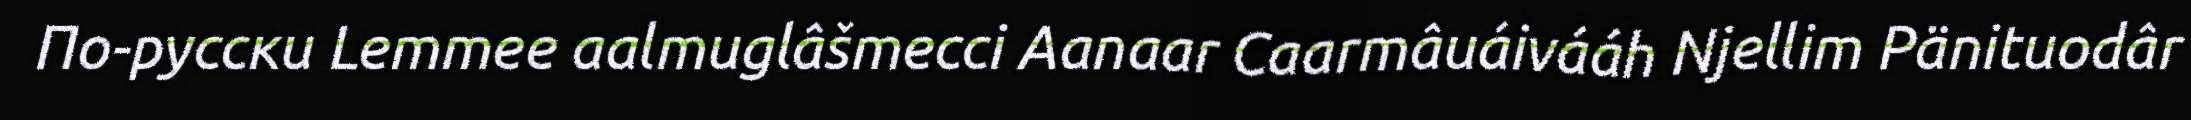
По-русски Lemmee aalmuglâšmecci Aanaar Caarmâuáivááh Njellim Pänituodâr